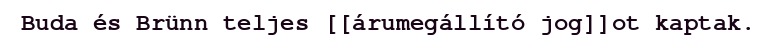
Buda és Brünn teljes [[árumegállító jog]]ot kaptak.